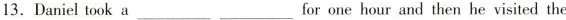
13. Daniel took afor ___ ___one hour and then he visited the